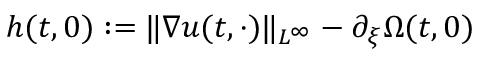
h ( t , 0 ) : = \| \nabla u ( t , \cdot ) \| _ { L ^ { \infty } } - \partial _ { \xi } \Omega ( t , 0 )